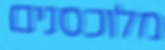
מלוכסנים